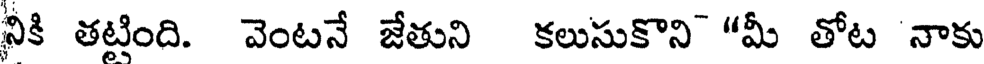
నికి తట్టింది. వెంటనే జేతుని కలుసుకొని "మీ తోట నాకు